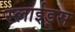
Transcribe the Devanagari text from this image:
स्लाईड्स